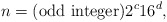
\begin{align*}n = (\mbox{odd integer}) 2^c 16^d,\end{align*}